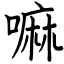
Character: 嘛